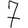
Digit: 7